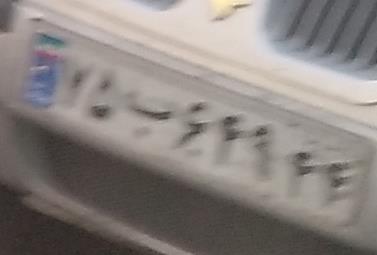
۷۵ب۶۴۹۴۴